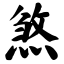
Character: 煞